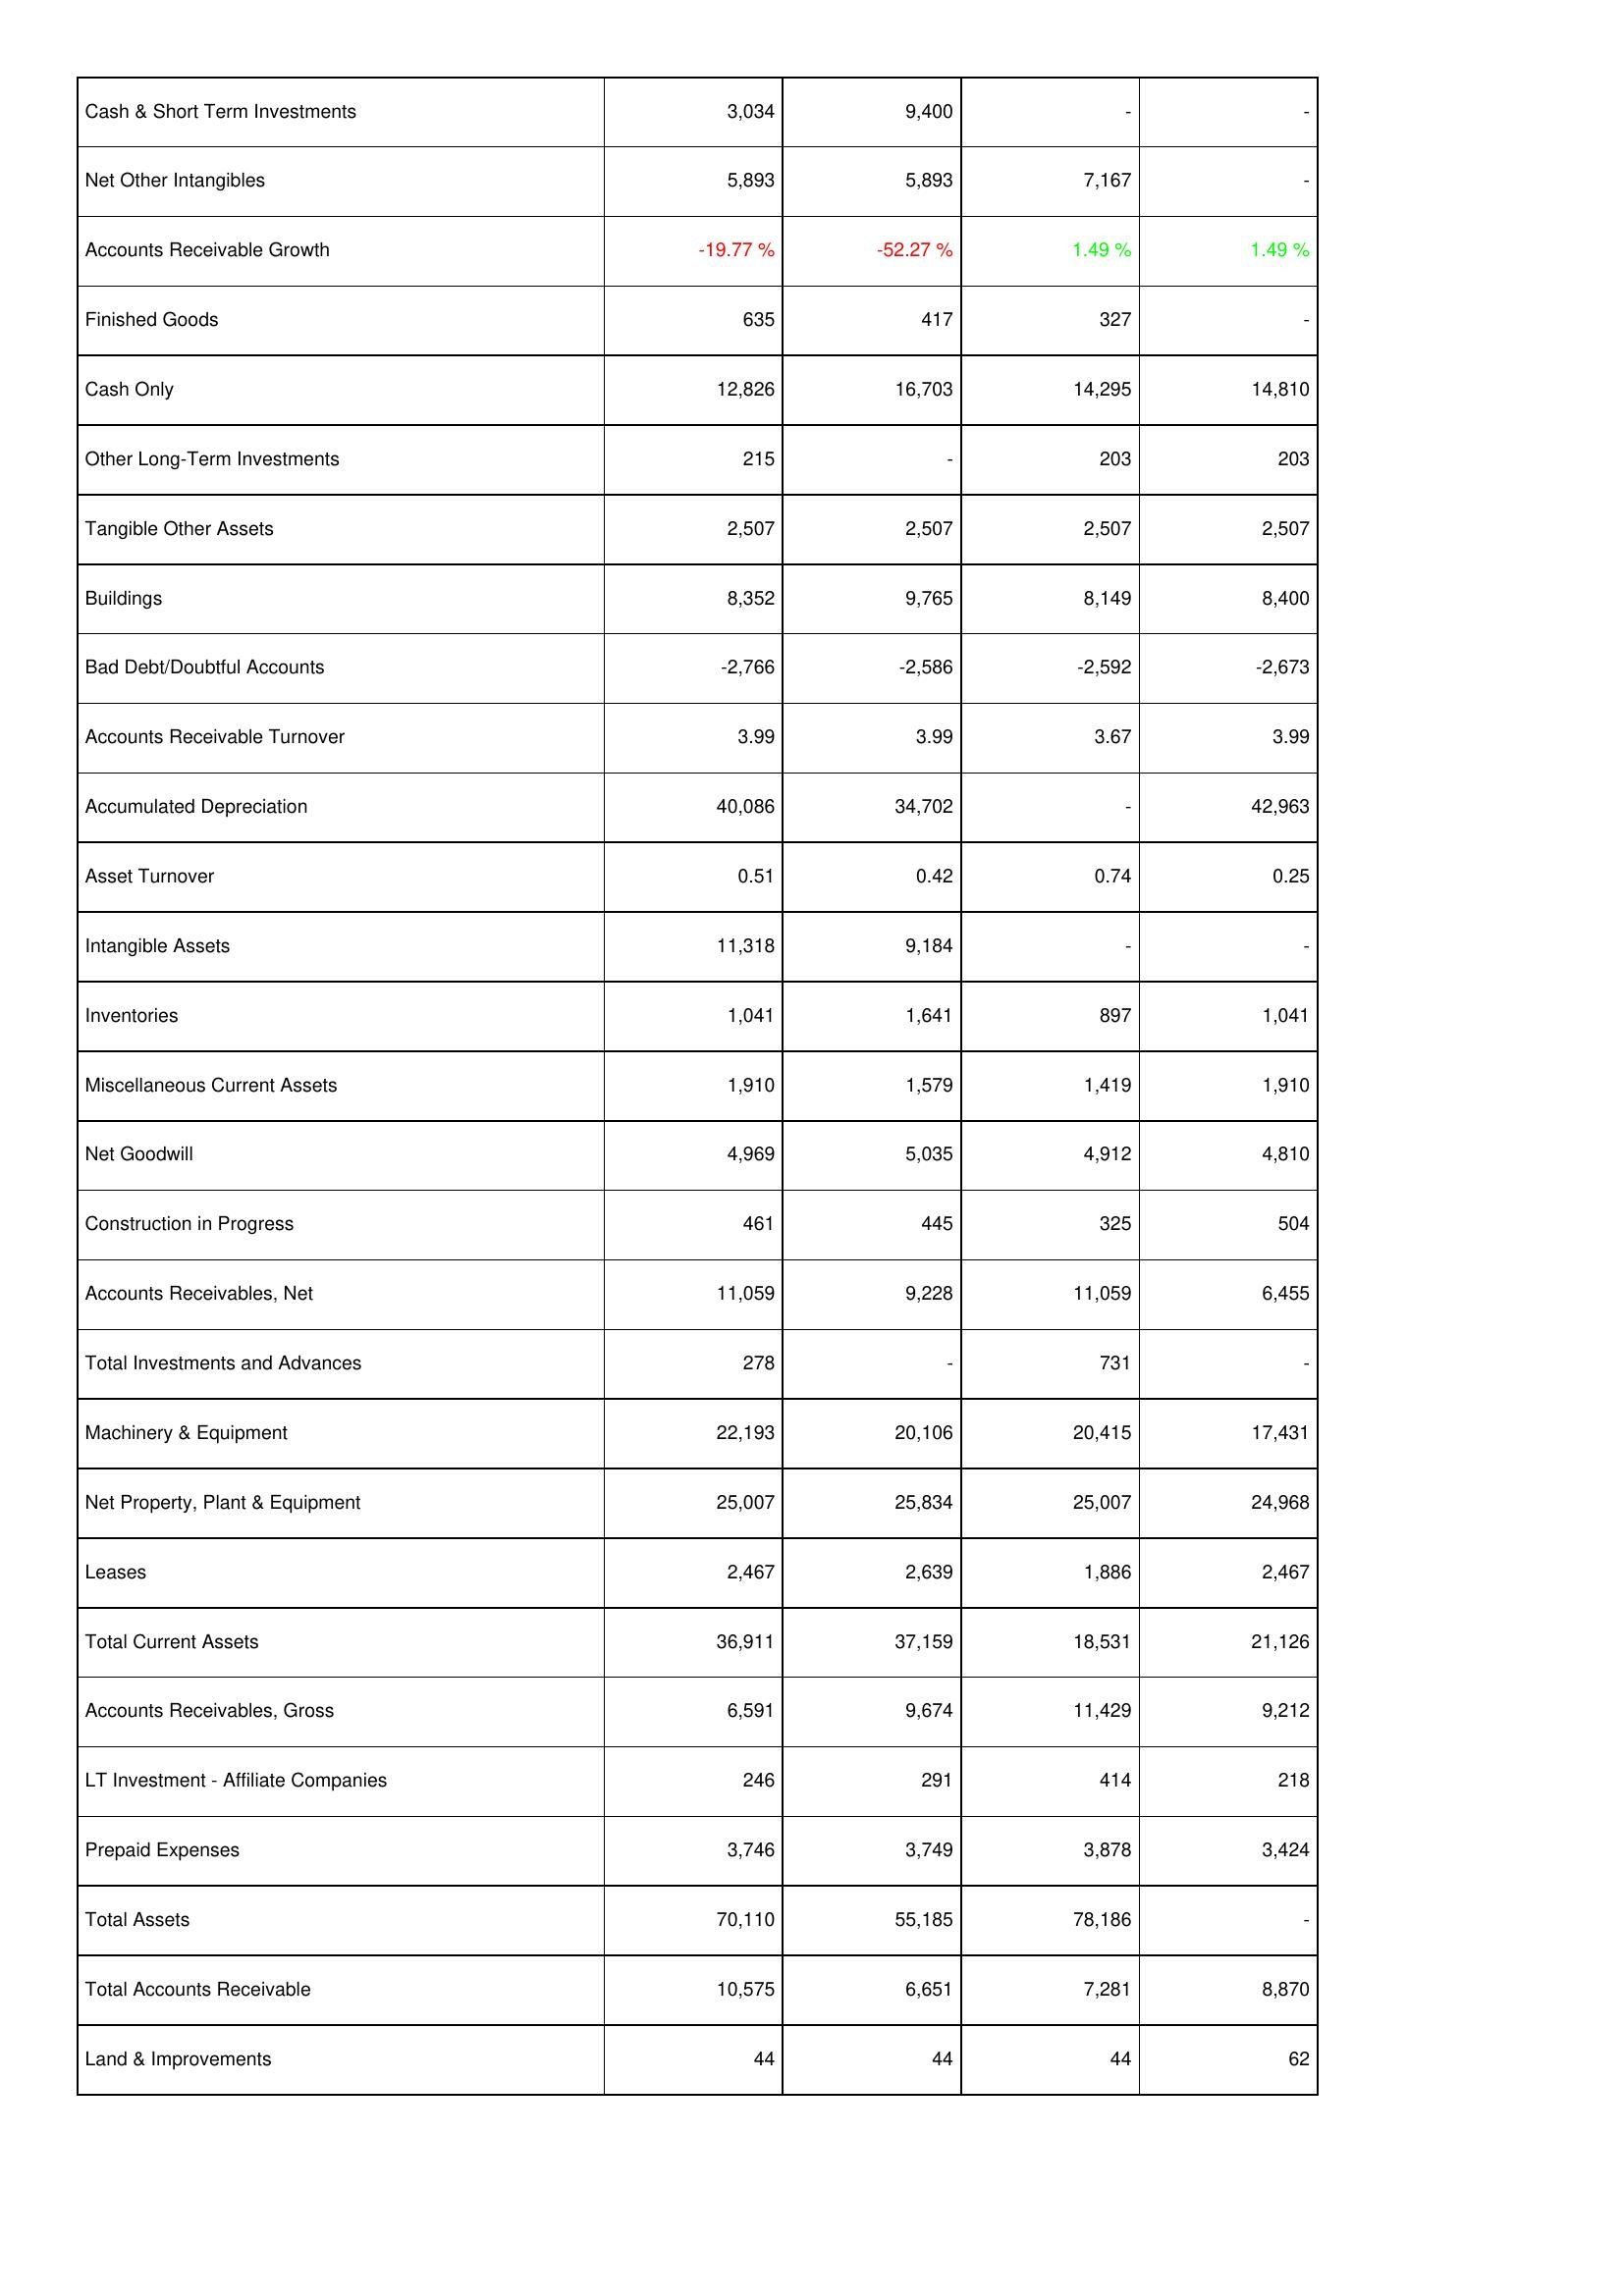
2010: Assets: Cash & Short Term Investments: 3,034
Net Other Intangibles: 5,893
Accounts Receivable Growth: -19.77 %
Finished Goods: 635
Cash Only: 12,826
Other Long-Term Investments: 215
Tangible Other Assets: 2,507
Buildings: 8,352
Bad Debt/Doubtful Accounts: -2,766
Accounts Receivable Turnover: 3.99
Accumulated Depreciation: 40,086
Asset Turnover: 0.51
Intangible Assets: 11,318
Inventories: 1,041
Miscellaneous Current Assets: 1,910
Net Goodwill: 4,969
Construction in Progress: 461
Accounts Receivables, Net: 11,059
Total Investments and Advances: 278
Machinery & Equipment: 22,193
Net Property, Plant & Equipment: 25,007
Leases: 2,467
Total Current Assets: 36,911
Accounts Receivables, Gross: 6,591
LT Investment - Affiliate Companies: 246
Prepaid Expenses: 3,746
Total Assets: 70,110
Total Accounts Receivable: 10,575
Land & Improvements: 44
2011: Assets: Cash & Short Term Investments: 9,400
Net Other Intangibles: 5,893
Accounts Receivable Growth: -52.27 %
Finished Goods: 417
Cash Only: 16,703
Other Long-Term Investments: -
Tangible Other Assets: 2,507
Buildings: 9,765
Bad Debt/Doubtful Accounts: -2,586
Accounts Receivable Turnover: 3.99
Accumulated Depreciation: 34,702
Asset Turnover: 0.42
Intangible Assets: 9,184
Inventories: 1,641
Miscellaneous Current Assets: 1,579
Net Goodwill: 5,035
Construction in Progress: 445
Accounts Receivables, Net: 9,228
Total Investments and Advances: -
Machinery & Equipment: 20,106
Net Property, Plant & Equipment: 25,834
Leases: 2,639
Total Current Assets: 37,159
Accounts Receivables, Gross: 9,674
LT Investment - Affiliate Companies: 291
Prepaid Expenses: 3,749
Total Assets: 55,185
Total Accounts Receivable: 6,651
Land & Improvements: 44
2012: Assets: Cash & Short Term Investments: -
Net Other Intangibles: 7,167
Accounts Receivable Growth: 1.49 %
Finished Goods: 327
Cash Only: 14,295
Other Long-Term Investments: 203
Tangible Other Assets: 2,507
Buildings: 8,149
Bad Debt/Doubtful Accounts: -2,592
Accounts Receivable Turnover: 3.67
Accumulated Depreciation: -
Asset Turnover: 0.74
Intangible Assets: -
Inventories: 897
Miscellaneous Current Assets: 1,419
Net Goodwill: 4,912
Construction in Progress: 325
Accounts Receivables, Net: 11,059
Total Investments and Advances: 731
Machinery & Equipment: 20,415
Net Property, Plant & Equipment: 25,007
Leases: 1,886
Total Current Assets: 18,531
Accounts Receivables, Gross: 11,429
LT Investment - Affiliate Companies: 414
Prepaid Expenses: 3,878
Total Assets: 78,186
Total Accounts Receivable: 7,281
Land & Improvements: 44
2013: Assets: Cash & Short Term Investments: -
Net Other Intangibles: -
Accounts Receivable Growth: 1.49 %
Finished Goods: -
Cash Only: 14,810
Other Long-Term Investments: 203
Tangible Other Assets: 2,507
Buildings: 8,400
Bad Debt/Doubtful Accounts: -2,673
Accounts Receivable Turnover: 3.99
Accumulated Depreciation: 42,963
Asset Turnover: 0.25
Intangible Assets: -
Inventories: 1,041
Miscellaneous Current Assets: 1,910
Net Goodwill: 4,810
Construction in Progress: 504
Accounts Receivables, Net: 6,455
Total Investments and Advances: -
Machinery & Equipment: 17,431
Net Property, Plant & Equipment: 24,968
Leases: 2,467
Total Current Assets: 21,126
Accounts Receivables, Gross: 9,212
LT Investment - Affiliate Companies: 218
Prepaid Expenses: 3,424
Total Assets: -
Total Accounts Receivable: 8,870
Land & Improvements: 62